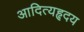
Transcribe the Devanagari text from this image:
आदित्यहृदय